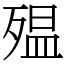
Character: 殟